Bréfritari: Þorsteinn Þorsteinsson
Viðtakandi: Jón Borgfirðingur
Dagsetning: A-1859-12-14
Skrifað á: Bæ á Höfðaströnd  Skag.

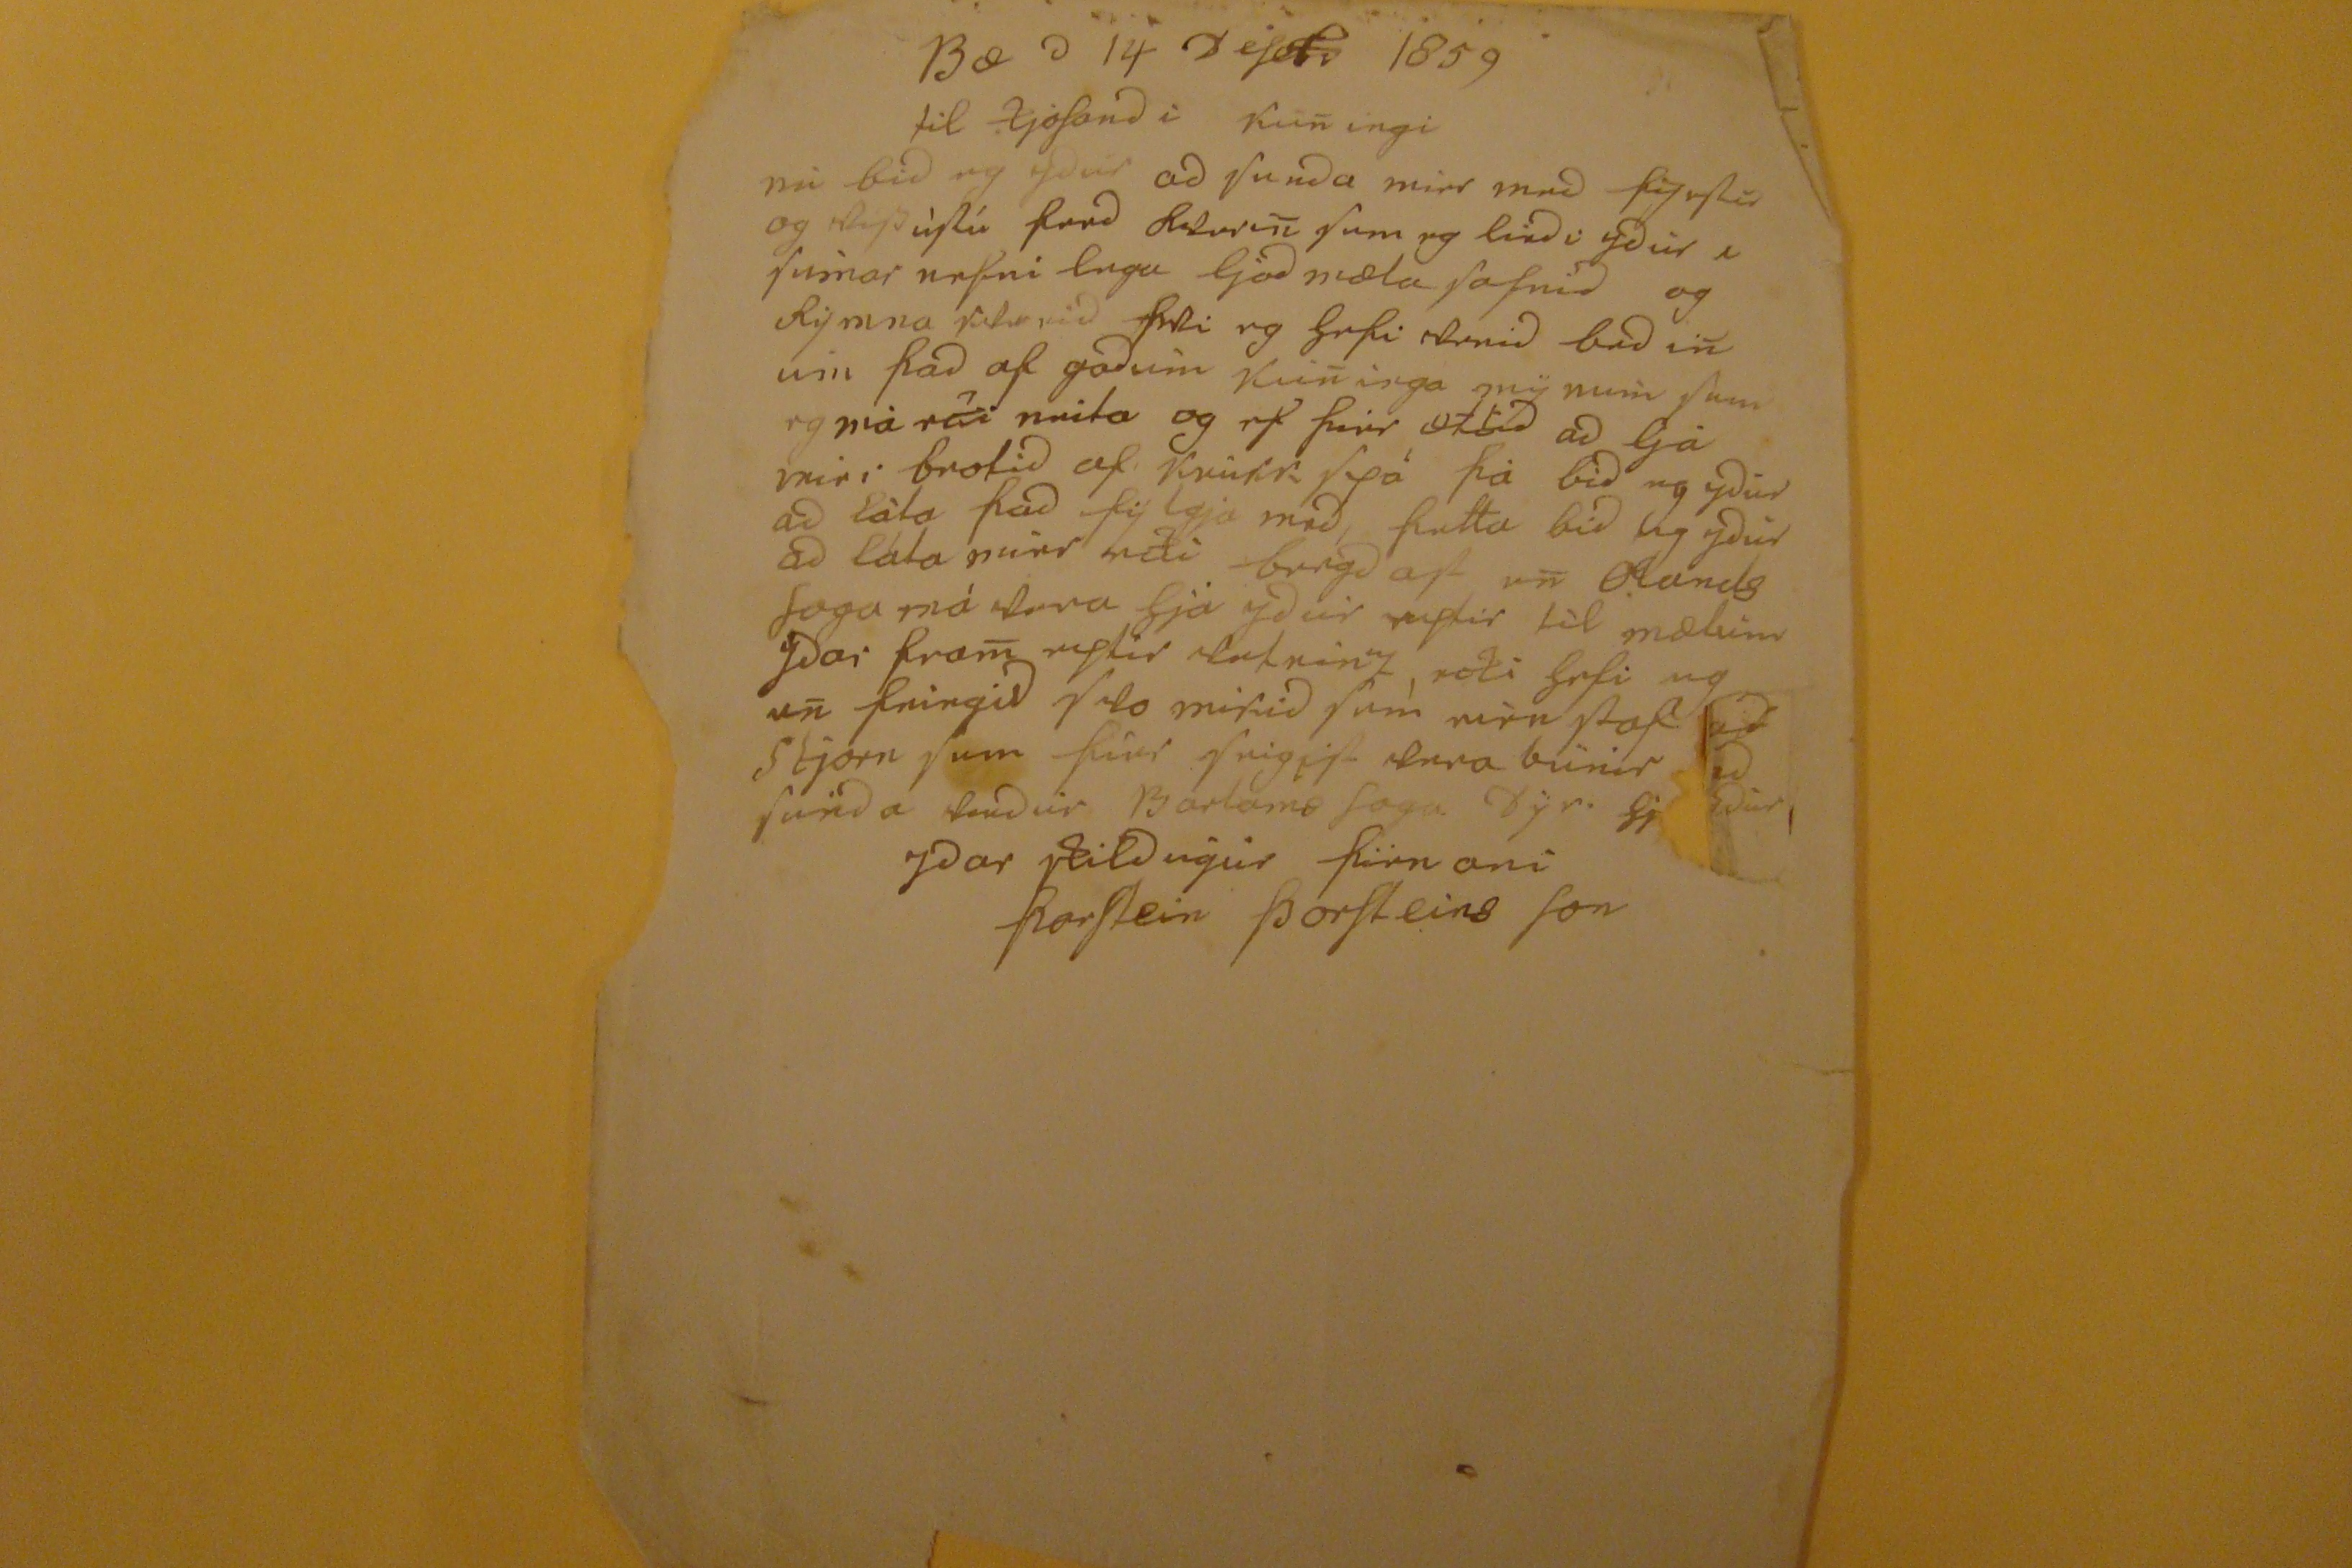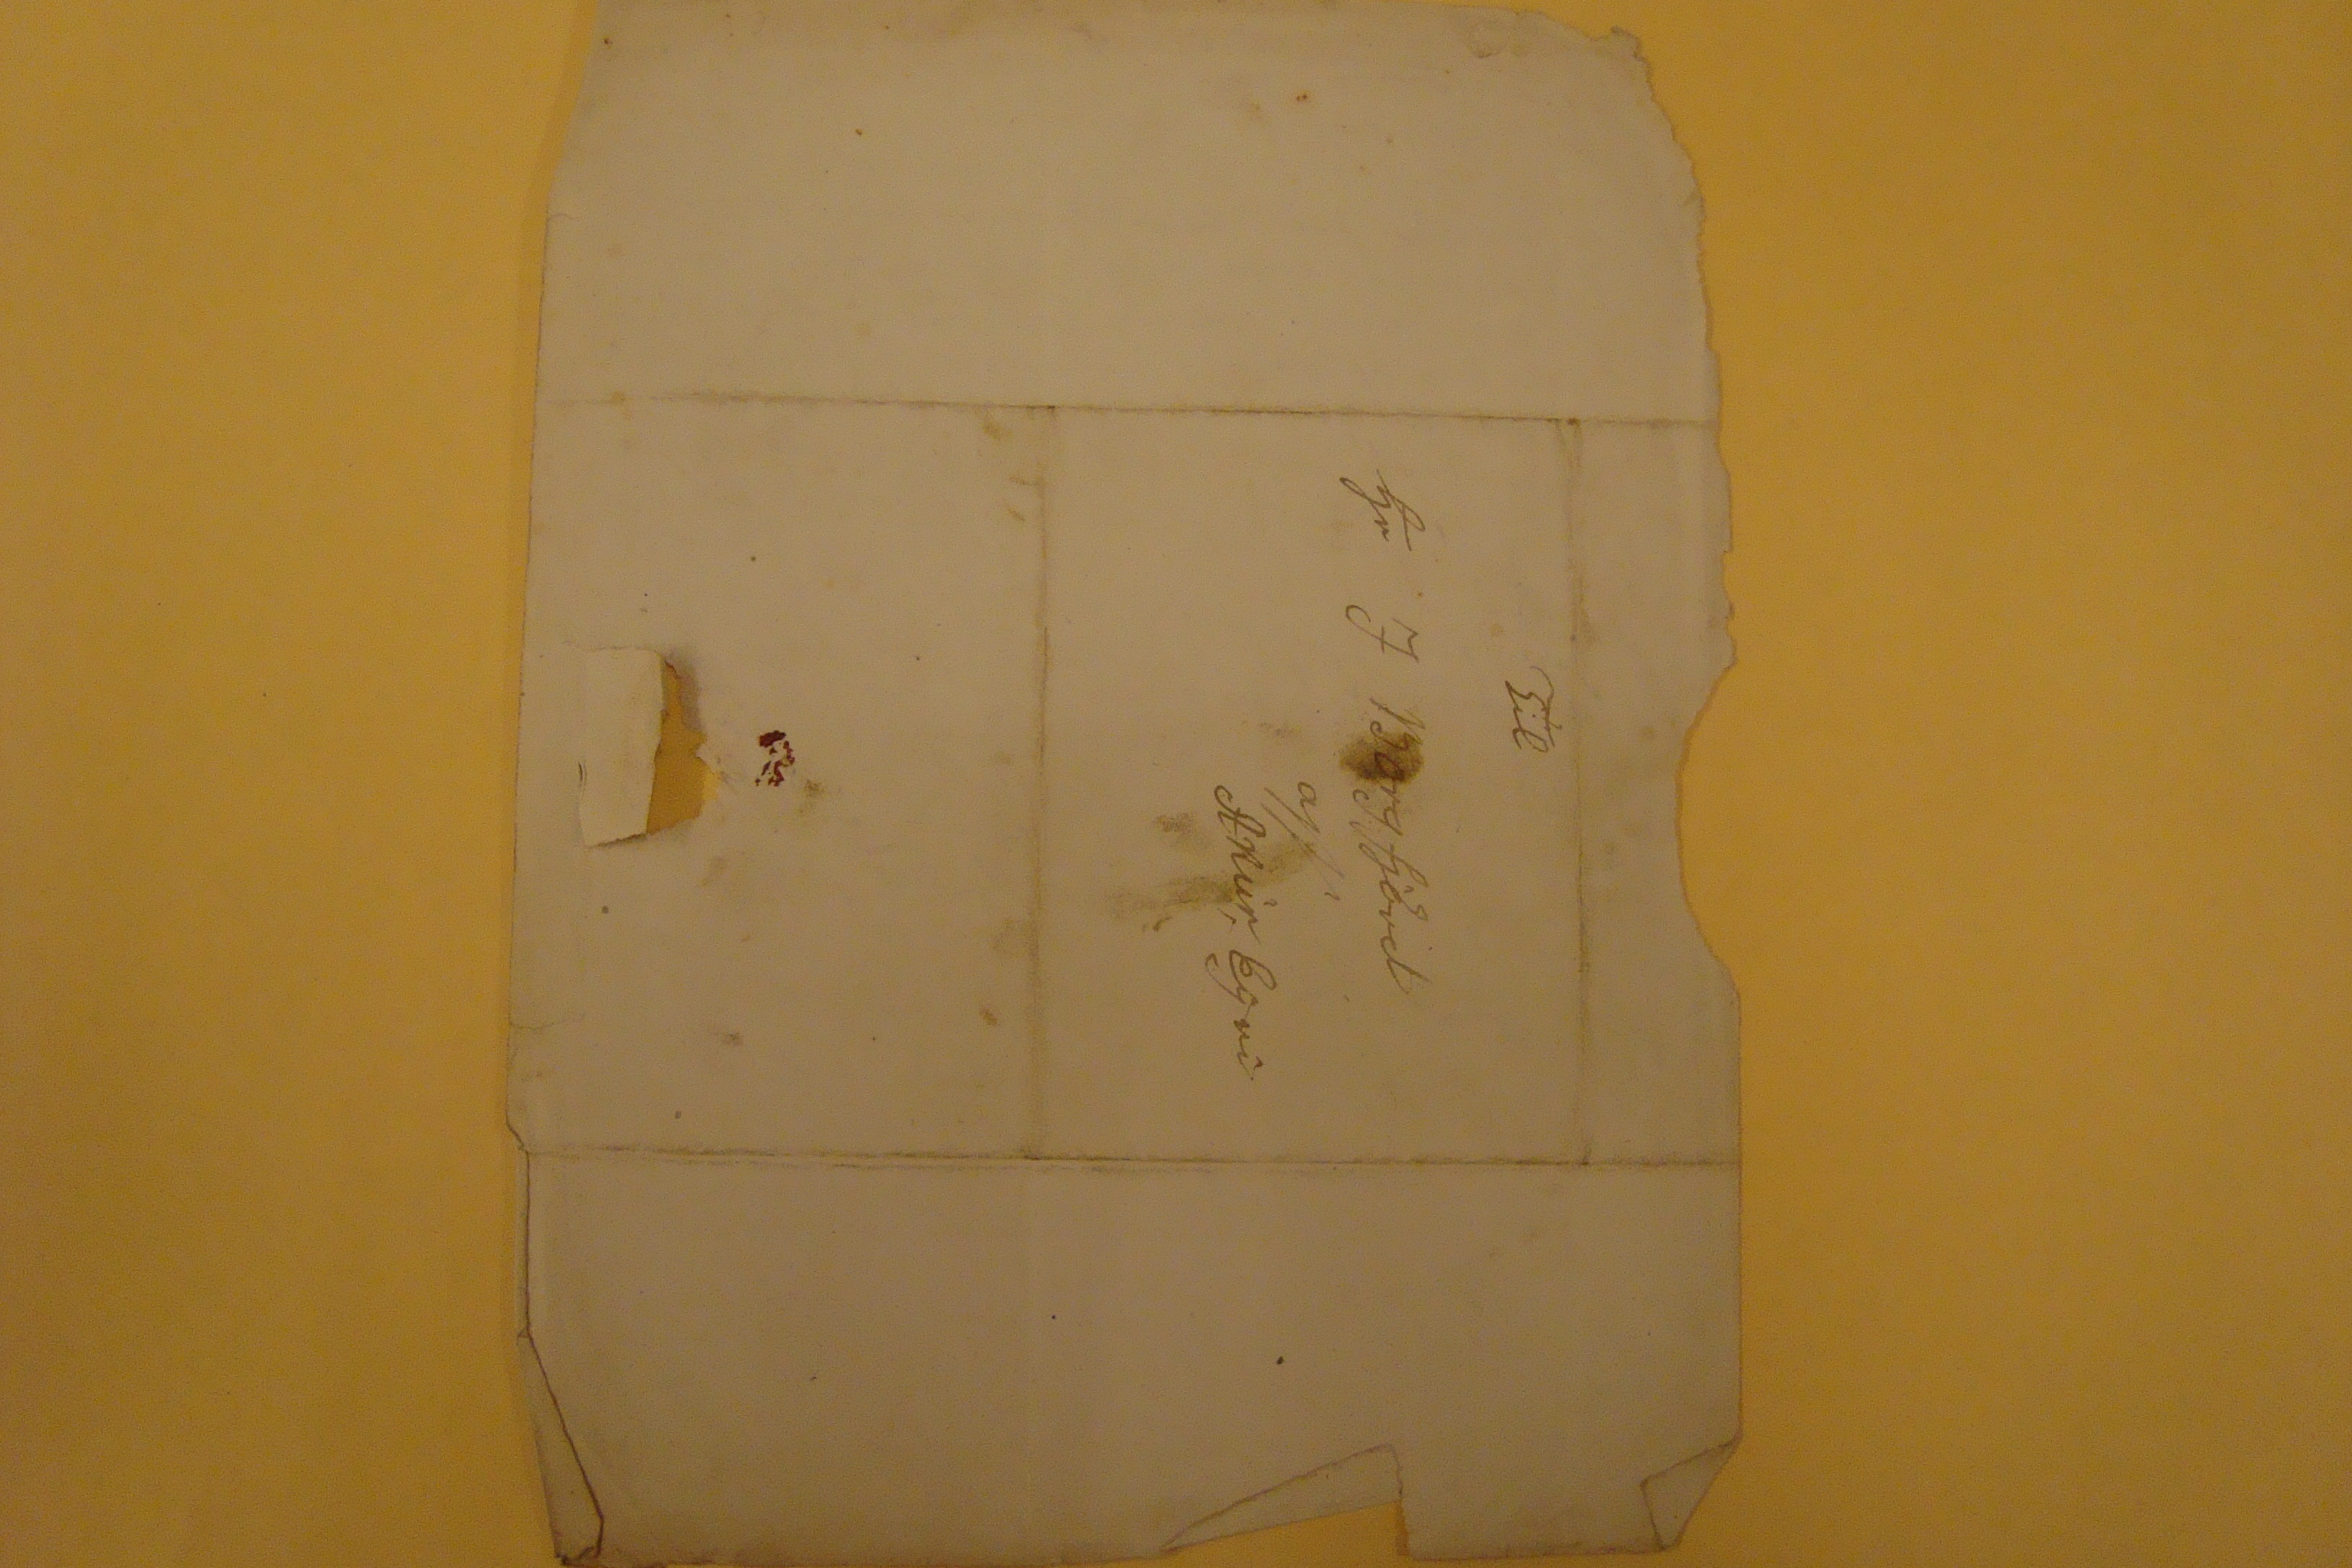

Bæ
D
14 DeSebr 1859
til ljóSandi kuningi
nú bid eg ydur ad Senda mier med
þesSa
og
skip eìptír
ferd
Radurin
Sem jeg
lindi
ydùr i Sumar nefni lega ljodmæla Safnid og Rýmna Safnid
þki
eg hefi verid bedin um þad af godum kuninga mÿnum Sem eg mà
eki
neita og ef þier ætlid ad ljá mier brotid af
Krùtt sjá
þà bid eg ydur ad làta þad fÿlgja med, þetta bid eg ydur ad láta mier
edi bengd
af en
Olands loga
má vera hjá ydur eíptir tìl mælum ydar fram
mytir vatnin"/, noti
hefi eg en feingid Svo mikid Sem mèr
lof
ad
Stjorn Sem þíer
Seigis
vera bùnir ad Senda
Saudur Barlams Sogu bÿr
sj
dùr
ydar skildugur
þirnani
ÞorStein ÞorSteins Son
Til
hr J Borgfjörd
af/Akùr Eýri